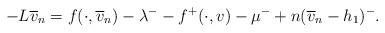
LaTeX: \begin{align*}-L\overline{v}_{n}=f(\cdot,\overline{v}_{n})-\lambda^{-}-f^{+}(\cdot,v)-\mu^{-}+n(\overline{v}_{n}-h_{1})^{-}.\end{align*}